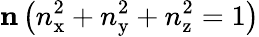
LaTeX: \mathbf{n}\left(n_{\mathrm{x}}^{2}+n_{\mathrm{y}}^{2}+n_{\mathrm{z}}^{2}=1\right)